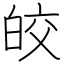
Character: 皎